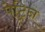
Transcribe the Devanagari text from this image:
पेट्रिन